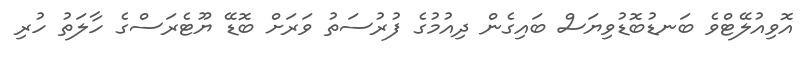
އޮވިއުލޭޓްވެ ބަނޑުބޮޑުވިޔަސް ބައިގެން ދިއުމުގެ ފުރުސަތު ވަރަށް ބޮޑޭ ޔޫޓެރަސްގެ ހާލަތު ހުރި